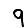
Digit: 9